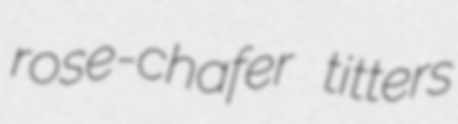
rose-chafer titters